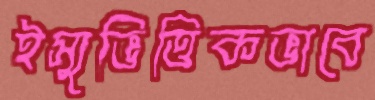
ইস্যুভিত্তিকভাবে